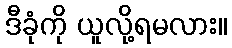
ဒီခုံကို ယူလို့ရမလား။